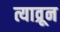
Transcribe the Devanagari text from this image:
त्याव्रून